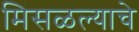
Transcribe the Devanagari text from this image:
मिसळल्याचे